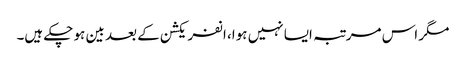
مگر اس مرتبہ ایسا نہیں ہوا، انفریکشن کے بعد بین ہو چکے ہیں۔